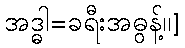
အဒ္ဓါ=ခရီးအဓွန့်၊၊]